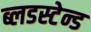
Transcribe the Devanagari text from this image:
ब्लडस्टेन्ड